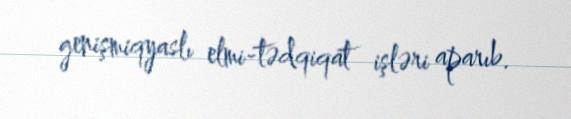
genişmiqyaslı elmi-tədqiqat işləri aparıb.